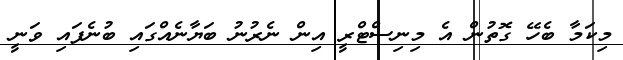
މިކަމާ ބެހޭ ގޮތުން އެ މިނިސްޓްރީ އިން ނެރުނު ބަޔާނެއްގައި ބުނެފައި ވަނީ